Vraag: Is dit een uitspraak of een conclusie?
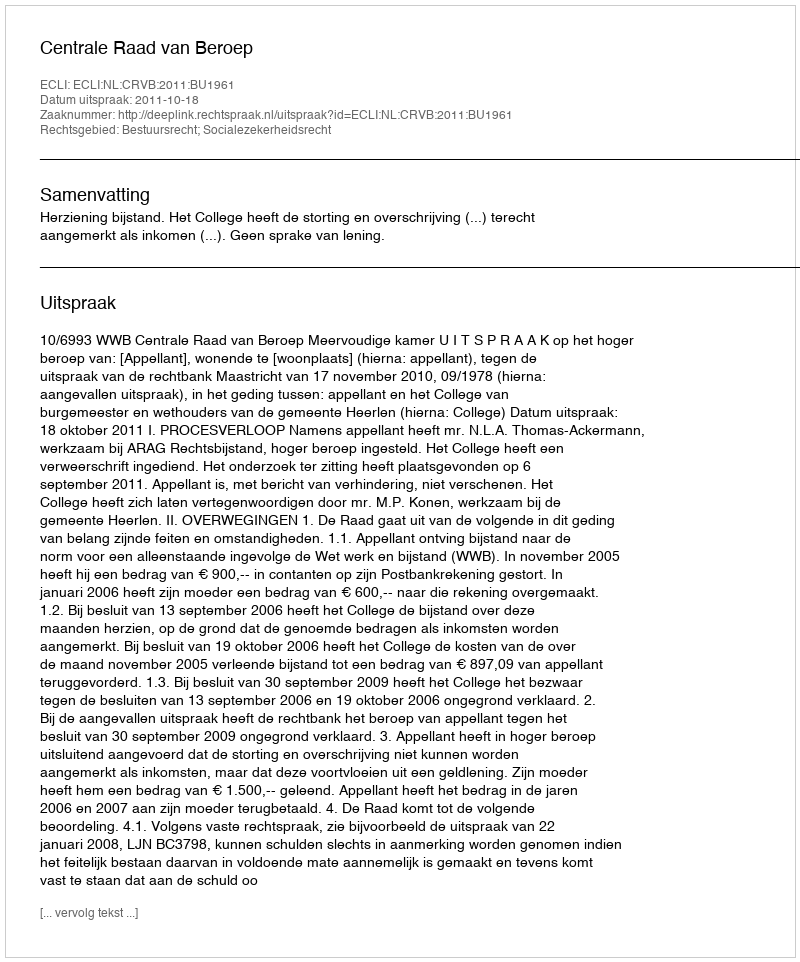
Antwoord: Uitspraak